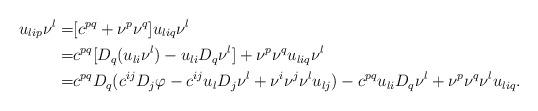
LaTeX: \begin{align*}u_{lip} \nu^l =& [c^{pq} + \nu^p \nu^q ] u_{liq} \nu^l \\=& c^{pq} [D_q (u_{li} \nu^l)- u_{li} D_q \nu^l] + \nu^p \nu^q u_{liq} \nu^l \\=& c^{pq}D_q (c^{ij} D_j\varphi - c^{ij}u_l D_j \nu^l + \nu^i \nu^j \nu^l u_{lj}) -c^{pq} u_{li} D_q \nu^l + \nu^p \nu^q \nu^l u_{liq}.\end{align*}